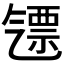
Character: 𣱪